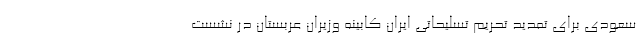
سعودی برای تمدید تحریم ‌تسلیحاتی ایران کابینه وزیران عربستان در نشست